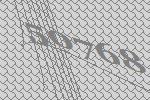
50768